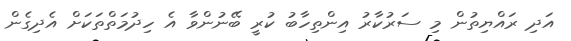
އަދި ރައްޔިތުން މި ސަރުކާރު އިންތިހާބު ކުރީ ބޭނުންވާ އެ ހިދުމަތްތަކަށް އެދިގެން